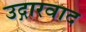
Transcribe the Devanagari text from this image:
उद्गारवाद